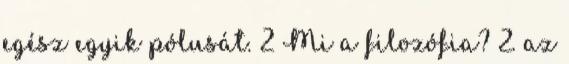
egész egyik pólusát. 2 Mi a filozófia? 2. az